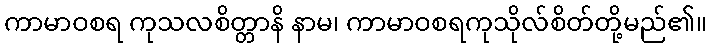
ကာမာဝစရ ကုသလစိတ္တာနိ နာမ၊ ကာမာဝစရကုသိုလ်စိတ်တို့မည်၏။